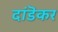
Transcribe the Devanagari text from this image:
दांडॆकर